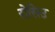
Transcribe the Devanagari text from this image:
रोसिउ